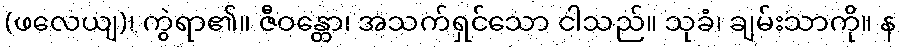
(ဖလေယျ)၊ ကွဲရာ၏။ ဇီဝန္တော၊ အသက်ရှင်သော ငါသည်။ သုခံ၊ ချမ်းသာကို။ န